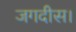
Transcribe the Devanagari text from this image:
जगदीस।